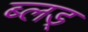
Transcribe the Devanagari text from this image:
ब्लड्